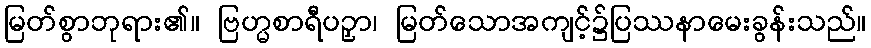
မြတ်စွာဘုရား၏။ ဗြဟ္မစာရီပဉှာ၊ မြတ်သောအကျင့်၌ပြဿနာမေးခွန်းသည်။